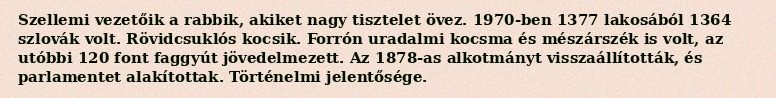
Szellemi vezetőik a rabbik, akiket nagy tisztelet övez. 1970-ben 1377 lakosából 1364 szlovák volt. Rövidcsuklós kocsik. Forrón uradalmi kocsma és mészárszék is volt, az utóbbi 120 font faggyút jövedelmezett. Az 1878-as alkotmányt visszaállították, és parlamentet alakítottak. Történelmi jelentősége.